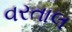
વરતાલ